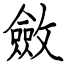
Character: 斂